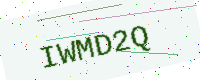
Text: IWMD2Q